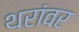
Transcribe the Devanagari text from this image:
थरांवर